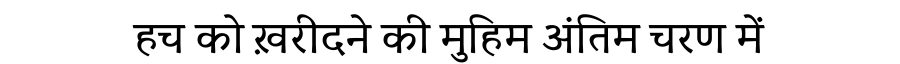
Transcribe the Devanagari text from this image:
हच को ख़रीदने की मुहिम अंतिम चरण में